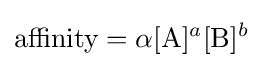
{\text{affinity}}=\alpha [{\ce {A}}]^{a}[{\ce {B}}]^{b}